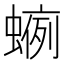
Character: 𧍐